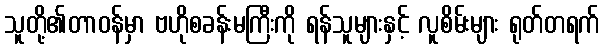
သူတို့၏တာဝန်မှာ ဗဟိုစခန်းမကြီးကို ရန်သူများနှင့် လူစိမ်းများ ရုတ်တရက်